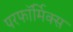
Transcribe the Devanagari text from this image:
परफॉर्मिक्स